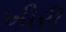
ખીરી